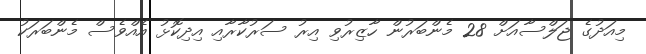
މިއަދުގެ ޖަލްސާއަށް 28 މެންބަރުން ހާޒިރުވި އިރު ސަރުކާރާއި އިދިކޮޅު އެއްވެސް މެންބަރަކު